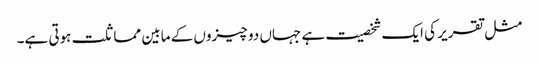
مثل تقریر کی ایک شخصیت ہے جہاں دو چیزوں کے مابین مماثلت ہوتی ہے۔